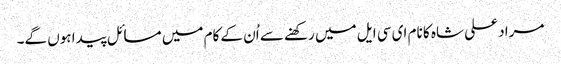
مراد علی شاہ کا نام ای سی ایل میں رکھنے سے اُن کے کام میں مسائل پیدا ہوں گے۔